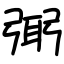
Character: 㢽